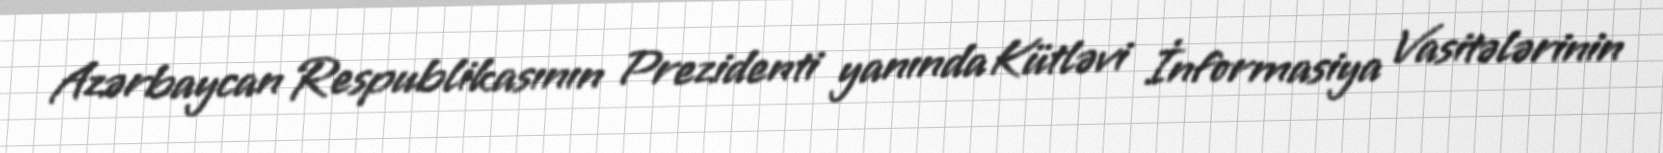
Azərbaycan Respublikasının Prezidenti yanında Kütləvi İnformasiya Vasitələrinin